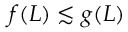
f ( L ) \lesssim g ( L )